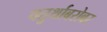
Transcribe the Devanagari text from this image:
चतुर्थाबरोबर